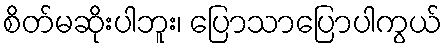
စိတ်မဆိုးပါဘူး၊ ပြောသာပြောပါကွယ်